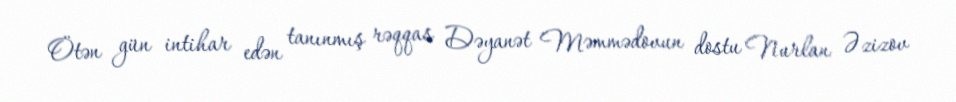
Ötən gün intihar edən tanınmış rəqqas Dəyanət Məmmədovun dostu Nurlan Əzizov